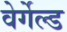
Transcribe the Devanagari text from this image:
वेर्गेल्ड